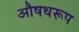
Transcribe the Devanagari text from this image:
औषधरूप